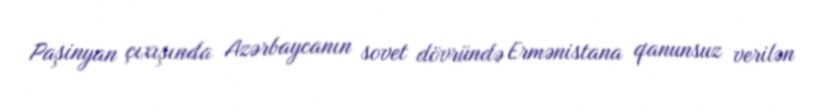
Paşinyan çıxışında Azərbaycanın sovet dövründə Ermənistana qanunsuz verilən